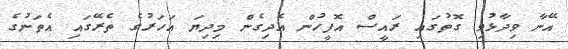
އޭނާ ވިދާޅުވި ގޮތުގައި ރައީސް އޮފީހުން އެދިގެން މިދިޔަ އަހަރުގެ ތެރޭގައި އެތަނުގެ